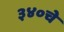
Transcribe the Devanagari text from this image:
३४०चे